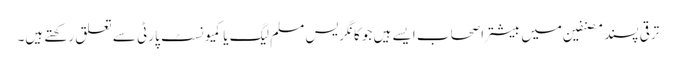
ترقی پسند مصنفین میں بیشتر اصحاب ایسے ہیں جو کانگریس مسلم لیگ یا کمیونسٹ پارٹی سے تعلق رکھتے ہیں۔